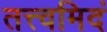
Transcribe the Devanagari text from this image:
तत्त्वमिदं